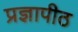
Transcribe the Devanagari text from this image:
प्रज्ञापीठ